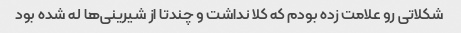
شکلاتی رو علامت زده بودم که کلا نداشت و چندتا از شیرینی‌ها له شده بود